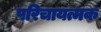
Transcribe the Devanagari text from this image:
परिचायत्मक